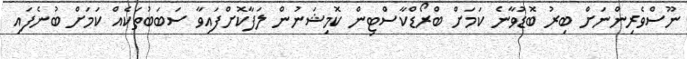
ނޫސްވެރިންނަށް ބިރު ބޮޑުވާނެ ކަމަށް ބްރޯޑްކާސްޓިން ކޮމިޝަނުން ލަފާކޮށްފައިވާ ސަބަބުތަކެއް ކަމަށް ބުނެފައި